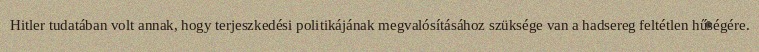
Hitler tudatában volt annak, hogy terjeszkedési politikájának megvalósításához szüksége van a hadsereg feltétlen hűségére.